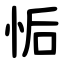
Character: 㤧